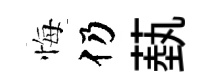
悔仍蓺